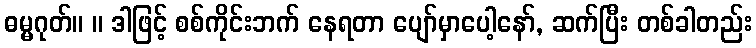
ဓမ္မဂုတ်။ ။ ဒါဖြင့် စစ်ကိုင်းဘက် နေရတာ ပျော်မှာပေါ့နော်, ဆက်ပြီး တစ်ခါတည်း